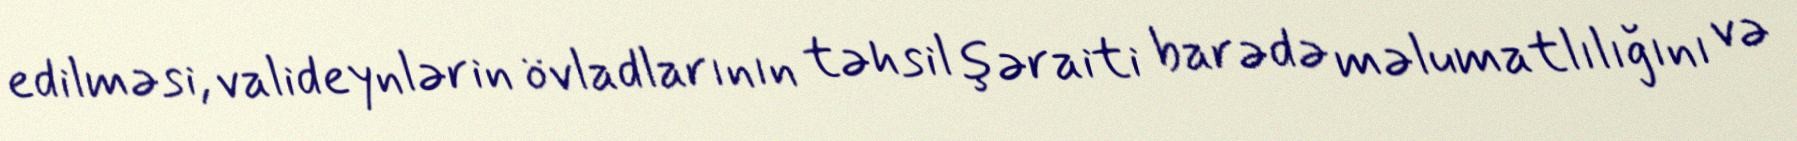
edilməsi, valideynlərin övladlarının təhsil şəraiti barədə məlumatlılığını və